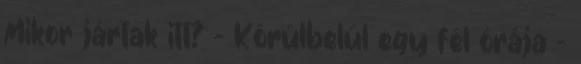
Mikor jártak itt? - Körülbelül egy fél órája –